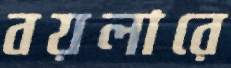
বয়লারে